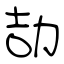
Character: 劼